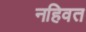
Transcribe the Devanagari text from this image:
नहिवत